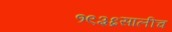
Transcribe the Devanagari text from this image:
१९३६सालीच